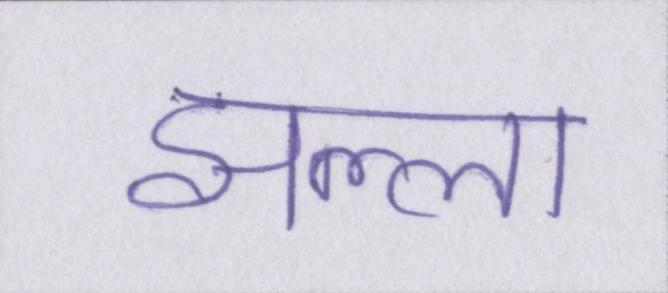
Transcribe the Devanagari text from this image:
झल्ला